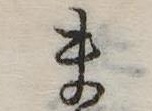
ま